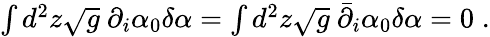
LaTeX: \begin{array}{r}{\int d^{2}z\sqrt{g}\ \partial_{i}\alpha_{0}\delta\alpha=\int d^{2}z\sqrt{g}\ {\bar{\partial}}_{i}\alpha_{0}\delta\alpha=0\; .}\end{array}